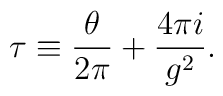
\tau \equiv \frac{\theta}{2 \pi} + \frac{4 \pi i}{g^2}.